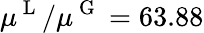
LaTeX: \mu^{\mathrm{~L~}}/\mu^{\mathrm{~G~}}=63.88